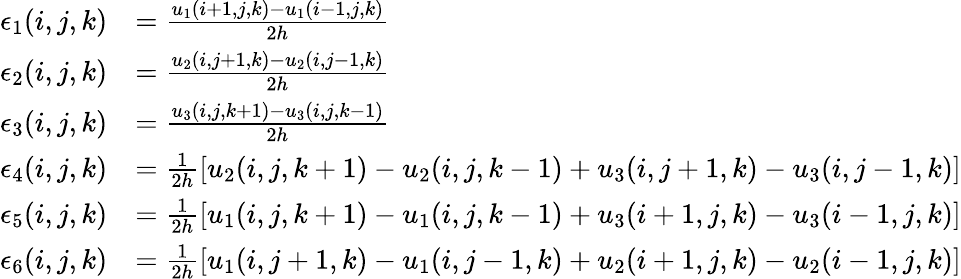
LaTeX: \begin{array}{rl}{\epsilon_{1}(i,j,k)}&{=\frac{u_{1}(i+1,j,k)-u_{1}(i-1,j,k)}{2h}}\\ {\epsilon_{2}(i,j,k)}&{=\frac{u_{2}(i,j+1,k)-u_{2}(i,j-1,k)}{2h}}\\ {\epsilon_{3}(i,j,k)}&{=\frac{u_{3}(i,j,k+1)-u_{3}(i,j,k-1)}{2h}}\\ {\epsilon_{4}(i,j,k)}&{=\frac{1}{2h}\left[u_{2}(i,j,k+1)-u_{2}(i,j,k-1)+u_{3}(i,j+1,k)-u_{3}(i,j-1,k)\right]}\\ {\epsilon_{5}(i,j,k)}&{=\frac{1}{2h}\left[u_{1}(i,j,k+1)-u_{1}(i,j,k-1)+u_{3}(i+1,j,k)-u_{3}(i-1,j,k)\right]}\\ {\epsilon_{6}(i,j,k)}&{=\frac{1}{2h}\left[u_{1}(i,j+1,k)-u_{1}(i,j-1,k)+u_{2}(i+1,j,k)-u_{2}(i-1,j,k)\right]}\end{array}